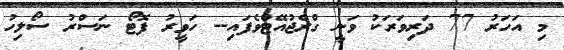
މި އަހަރު 77 ދަރިވަރަކު ވަނީ ގްރެޖުއޭޓްވެފައި-- ހަވީރު ފޮޓޯ ނަސްރު ސޯލިހު